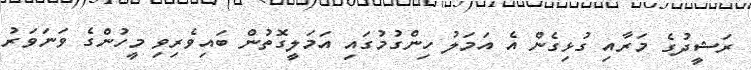
ރަޝީދުގެ މަރާއި ގުޅިގެން އެ އަމަލު ހިންގުމުގައި އަމަލީގޮތުން ބައިވެރިވި މީހުންގެ ވަނަވަރު